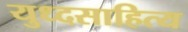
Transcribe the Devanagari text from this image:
युध्दसाहित्य